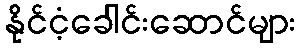
နိုင်ငံ့ခေါင်းဆောင်များ